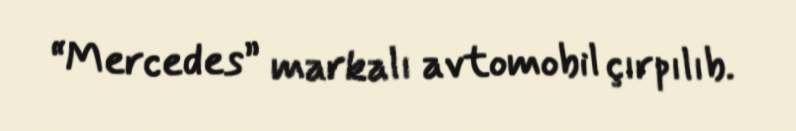
“Mercedes” markalı avtomobil çırpılıb.